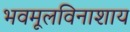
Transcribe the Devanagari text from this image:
भवमूलविनाशाय